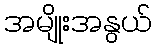
အမျိုးအနွယ်